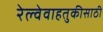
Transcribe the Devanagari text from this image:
रेल्वेवाहतुकीसाठी